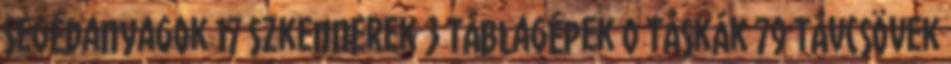
Segédanyagok 17 Szkennerek 3 Táblagépek 0 Táskák 79 Távcsövek